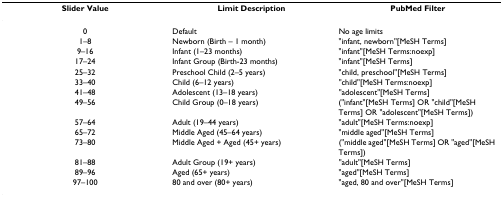
<table><thead><tr><td><b>Slider Value</b></td><td><b>Limit Description</b></td><td><b>PubMed Filter</b></td></tr></thead><tbody><tr><td>0</td><td>Default</td><td>No age limits</td></tr><tr><td>1–8</td><td>Newborn (Birth – 1 month)</td><td>&quot;infant, newborn&quot;[MeSH Terms]</td></tr><tr><td>9–16</td><td>Infant (1–23 months)</td><td>&quot;infant&quot;[MeSH Terms:noexp]</td></tr><tr><td>17–24</td><td>Infant Group (Birth-23 months)</td><td>&quot;infant&quot;[MeSH Terms]</td></tr><tr><td>25–32</td><td>Preschool Child (2–5 years)</td><td>&quot;child, preschool&quot;[MeSH Terms]</td></tr><tr><td>33–40</td><td>Child (6–12 years)</td><td>&quot;child&quot;[MeSH Terms:noexp]</td></tr><tr><td>41–48</td><td>Adolescent (13–18 years)</td><td>&quot;adolescent&quot;[MeSH Terms]</td></tr><tr><td>49–56</td><td>Child Group (0–18 years)</td><td>(&quot;infant&quot;[MeSH Terms] OR &quot;child&quot;[MeSH Terms] OR &quot;adolescent&quot;[MeSH Terms])</td></tr><tr><td>57–64</td><td>Adult (19–44 years)</td><td>&quot;adult&quot;[MeSH Terms:noexp]</td></tr><tr><td>65–72</td><td>Middle Aged (45–64 years)</td><td>&quot;middle aged&quot;[MeSH Terms]</td></tr><tr><td>73–80</td><td>Middle Aged + Aged (45+ years)</td><td>(&quot;middle aged&quot;[MeSH Terms] OR &quot;aged&quot;[MeSH Terms])</td></tr><tr><td>81–88</td><td>Adult Group (19+ years)</td><td>&quot;adult&quot;[MeSH Terms]</td></tr><tr><td>89–96</td><td>Aged (65+ years)</td><td>&quot;aged&quot;[MeSH Terms]</td></tr><tr><td>97–100</td><td>80 and over (80+ years)</td><td>&quot;aged, 80 and over&quot;[MeSH Terms]</td></tr></tbody></table>